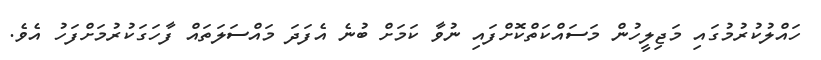
ހައްލުކުރުމުގައި މަޖިލީހުން މަސައްކަތްކޮށްފައި ނުވާ ކަމަށް ބުނެ އެފަދަ މައްސަލަތައް ފާހަގަކުރުމަށްފަހު އެވެ.